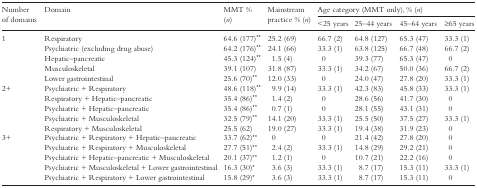
<table><thead><tr><td rowspan="2"><b>Number of domains</b></td><td rowspan="2"><b>Domain</b></td><td rowspan="2"><b>MMT % (<i>n</i>)</b></td><td rowspan="2"><b>Mainstream practice % (<i>n</i>)</b></td><td colspan="4"><b>Age category (MMT only), % (<i>n</i>)</b></td></tr><tr><td><b>&lt;25 years</b></td><td><b>25–44 years</b></td><td><b>45–64 years</b></td><td><b>≥65 years</b></td></tr></thead><tbody><tr><td>1</td><td>Respiratory</td><td>64.6 (177)<sup>**</sup></td><td>25.2 (69)</td><td>66.7 (2)</td><td>64.8 (127)</td><td>65.3 (47)</td><td>33.3 (1)</td></tr><tr><td></td><td>Psychiatric (excluding drug abuse)</td><td>64.2 (176)<sup>**</sup></td><td>24.1 (66)</td><td>33.3 (1)</td><td>63.8 (125)</td><td>66.7 (48)</td><td>66.7 (2)</td></tr><tr><td></td><td>Hepatic–pancreatic</td><td>45.3 (124)<sup>**</sup></td><td> 1.5 (4)</td><td> 0</td><td>39.3 (77)</td><td>65.3 (47)</td><td> 0</td></tr><tr><td></td><td>Musculoskeletal</td><td>39.1 (107)</td><td>31.8 (87)</td><td>33.3 (1)</td><td>34.2 (67)</td><td>50.0 (36)</td><td>66.7 (2)</td></tr><tr><td></td><td>Lower gastrointestinal</td><td>25.6 (70)<sup>**</sup></td><td>12.0 (33)</td><td> 0</td><td>24.0 (47)</td><td>27.8 (20)</td><td>33.3 (1)</td></tr><tr><td>2+</td><td>Psychiatric + Respiratory</td><td>48.6 (118)<sup>**</sup></td><td> 9.9 (14)</td><td>33.3 (1)</td><td>42.3 (83)</td><td>45.8 (33)</td><td>33.3 (1)</td></tr><tr><td></td><td>Respiratory + Hepatic–pancreatic</td><td>35.4 (86)<sup>**</sup></td><td> 1.4 (2)</td><td> 0</td><td>28.6 (56)</td><td>41.7 (30)</td><td> 0</td></tr><tr><td></td><td>Psychiatric + Hepatic–pancreatic</td><td>35.4 (86)<sup>**</sup></td><td> 0.7 (1)</td><td> 0</td><td>28.1 (55)</td><td>43.1 (31)</td><td> 0</td></tr><tr><td></td><td>Psychiatric + Musculoskeletal</td><td>32.5 (79)<sup>**</sup></td><td>14.1 (20)</td><td>33.3 (1)</td><td>25.5 (50)</td><td>37.5 (27)</td><td>33.3 (1)</td></tr><tr><td></td><td>Respiratory + Musculoskeletal</td><td>25.5 (62)</td><td>19.0 (27)</td><td>33.3 (1)</td><td>19.4 (38)</td><td>31.9 (23)</td><td> 0</td></tr><tr><td>3+</td><td>Psychiatric + Respiratory + Hepatic–pancreatic</td><td>33.7 (62)<sup>**</sup></td><td> 0</td><td> 0</td><td>21.4 (42)</td><td>27.8 (20)</td><td> 0</td></tr><tr><td></td><td>Psychiatric + Respiratory + Musculoskeletal</td><td>27.7 (51)<sup>**</sup></td><td> 2.4 (2)</td><td>33.3 (1)</td><td>14.8 (29)</td><td>29.2 (21)</td><td> 0</td></tr><tr><td></td><td>Psychiatric + Hepatic–pancreatic + Musculoskeletal</td><td>20.1 (37)<sup>**</sup></td><td> 1.2 (1)</td><td> 0</td><td>10.7 (21)</td><td>22.2 (16)</td><td> 0</td></tr><tr><td></td><td>Psychiatric + Musculoskeletal + Lower gastrointestinal</td><td>16.3 (30)<sup>*</sup></td><td> 3.6 (3)</td><td>33.3 (1)</td><td> 8.7 (17)</td><td>15.3 (11)</td><td>33.3 (1)</td></tr><tr><td></td><td>Psychiatric + Respiratory + Lower gastrointestinal</td><td>15.8 (29)<sup>*</sup></td><td> 3.6 (3)</td><td>33.3 (1)</td><td> 8.7 (17)</td><td>15.3 (11)</td><td> 0</td></tr></tbody></table>